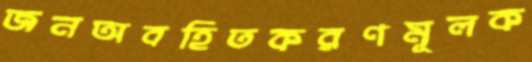
জনঅবহিতকরণমূলক